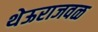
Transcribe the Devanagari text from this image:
थेऊराजवळ